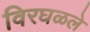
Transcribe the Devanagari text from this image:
विरघळले